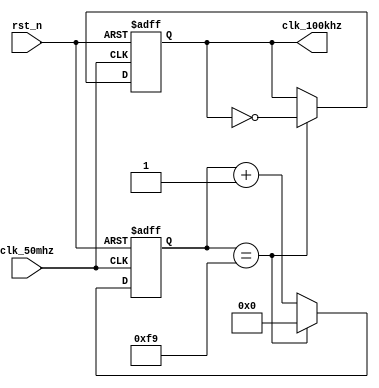
module clk_div(clk_50mhz, rst_n, clk_100khz);
   input clk_50mhz, rst_n;
   output      clk_100khz;
   reg         clk_100khz;
   
   reg [7:0]  counter;

   always @(posedge clk_50mhz or negedge rst_n) begin
      if (!rst_n) begin
         counter <= 8'h00;
         clk_100khz <= 1'b0;
      end else begin
        if (counter == 8'hf9) begin
           counter <= 8'h00;
           clk_100khz <= ~clk_100khz;
        end else begin
           counter <= counter + 1'b1;
        end
      end // else: !if(!rst_n)
   end // always @ (posedge clk_50mhz or negedge rst_n)
endmodule // clk_div